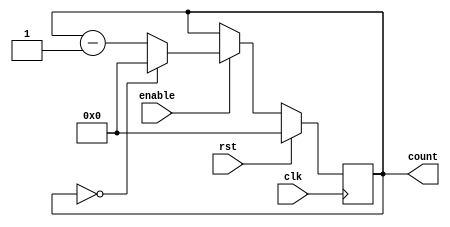
module binary_down_counter (
    input wire clk,
    input wire rst,
    input wire enable,
    output reg [N-1:0] count
);

parameter N = 8; // Bit width of the counter

always @(posedge clk) begin
    if (rst) begin
        count <= N'b0;
    end else if (enable) begin
        if (count == N'b0) begin
            count <= N'b0;
        end else begin
            count <= count - 1;
        end
    end
end

endmodule